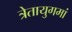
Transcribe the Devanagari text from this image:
त्रेतायुगमां